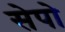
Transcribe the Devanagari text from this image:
सेपो